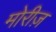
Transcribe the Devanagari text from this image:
मोरीज़